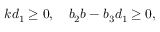
\begin{array} { r } { k d _ { 1 } \geq 0 , \quad b _ { 2 } b - b _ { 3 } d _ { 1 } \geq 0 , } \end{array}